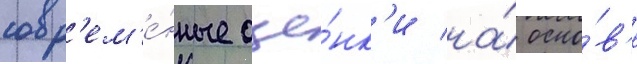
совр'ем'е́нные оце́нк'и на́ осно́в'е